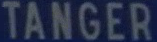
TANGER